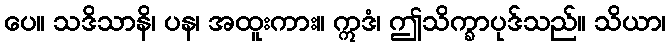
ပေ။ သဒိသာနိ၊ ပန၊ အထူးကား။ ဣဒံ၊ ဤသိက္ခာပုဒ်သည်။ သိယာ၊